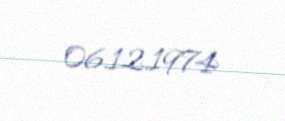
06.12.1974